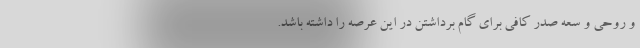
و روحی و سعه صدر کافی برای گام برداشتن در این عرصه را داشته باشد.